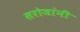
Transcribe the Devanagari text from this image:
सरोजांनी